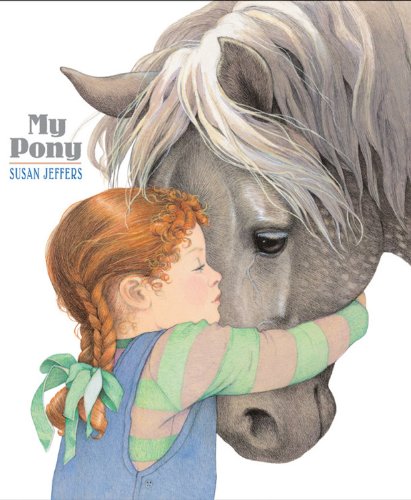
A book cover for My Pony; Susan Jeffers; Children's Books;